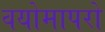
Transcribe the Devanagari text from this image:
वयोमापरो